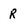
Character: r